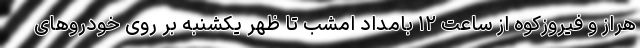
هراز و فیروزکوه از ساعت ۱۲ بامداد امشب تا ظهر یکشنبه بر روی خودروهای